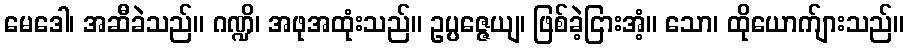
မေဒေါ၊ အဆီခဲသည်။ ဂဏ္ဍိ၊ အဖုအထုံးသည်။ ဥပ္ပဇ္ဇေယျ၊ ဖြစ်ခဲ့ငြားအံ့။ သော၊ ထိုယောက်ျားသည်။